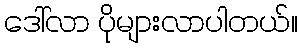
ဒေါ်လာ ပိုများလာပါတယ်။